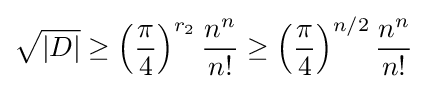
{\sqrt {|D|}}\geq \left({\frac {\pi }{4}}\right)^{r_{2}}{\frac {n^{n}}{n!}}\geq \left({\frac {\pi }{4}}\right)^{n/2}{\frac {n^{n}}{n!}}\